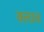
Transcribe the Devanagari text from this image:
क्लाव